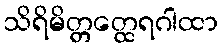
သိရိမိတ္တတ္ထေရဂါထာ